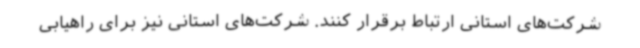
شرکت‌های استانی ارتباط برقرار کنند. شرکت‌های استانی نیز برای راهیابی